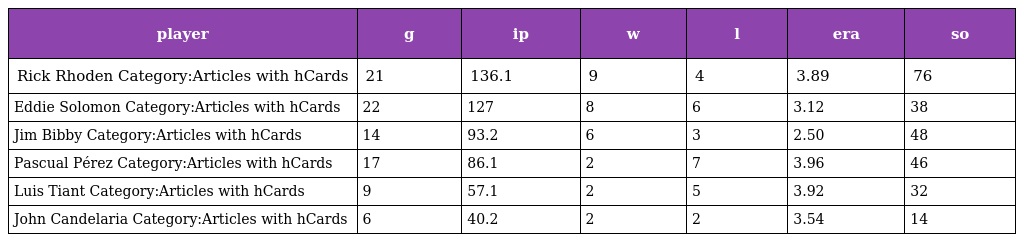
| player | g | ip | w | l | era | so |
 | --- | --- | --- | --- | --- | --- | --- |
 | Rick Rhoden Category:Articles with hCards | 21 | 136.1 | 9 | 4 | 3.89 | 76 |
 | Eddie Solomon Category:Articles with hCards | 22 | 127 | 8 | 6 | 3.12 | 38 |
 | Jim Bibby Category:Articles with hCards | 14 | 93.2 | 6 | 3 | 2.50 | 48 |
 | Pascual Pérez Category:Articles with hCards | 17 | 86.1 | 2 | 7 | 3.96 | 46 |
 | Luis Tiant Category:Articles with hCards | 9 | 57.1 | 2 | 5 | 3.92 | 32 |
 | John Candelaria Category:Articles with hCards | 6 | 40.2 | 2 | 2 | 3.54 | 14 |